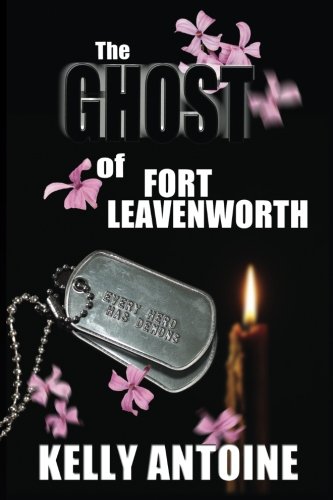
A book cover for The Ghost of Fort Leavenworth; Kelly Antoine; Mystery, Thriller & Suspense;